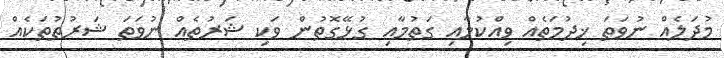
މުދަލެއް ނުވަތަ ޚިދުމަތެއް ވިއްކުމާއި ގަތުމާއި ގުޅޭގޮތުން ވަކި ޝަރުތެއް ނުވަތަ ޝަރުތުތަކެއް